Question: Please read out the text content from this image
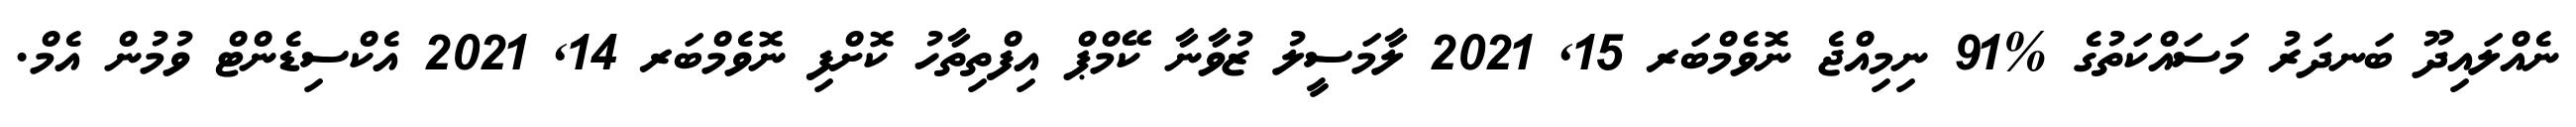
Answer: ނެއްލައިދޫ ބަނދަރު މަސައްކަތުގެ %91 ނިމިއްޖެ ނޮވެމްބަރ 15, 2021 ލާމަސީލު ޒުވާނާ ކޭމްޕް އިފްތިތާހު ކޮށްފި ނޮވެމްބަރ 14, 2021 އެކްސިޑެންޓް ވުމުން އެމް.